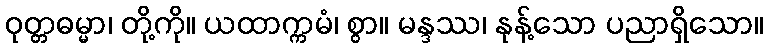
ဝုတ္တဓမ္မာ၊ တို့ကို။ ယထာက္ကမံ၊ စွာ။ မန္ဒဿ၊ နုန့်သော ပညာရှိသော။